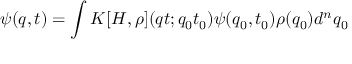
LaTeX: \psi ( q , t ) = \int K [ H , \rho ] ( q t ; q _ { 0 } t _ { 0 } ) \psi ( q _ { 0 } , t _ { 0 } ) \rho ( q _ { 0 } ) d ^ { n } q _ { 0 }